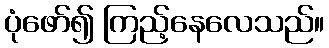
ပုံဖော်၍ ကြည့်နေလေသည်။